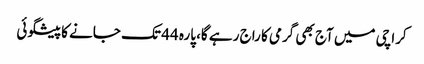
کراچی میں آج بھی گرمی کا راج رہے گا، پارہ 44 تک جانے کا پیشگوئی